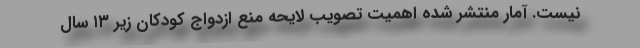
نیست. آمار منتشر شده اهمیت تصویب لایحه منع ازدواج کودکان زیر ۱۳ سال